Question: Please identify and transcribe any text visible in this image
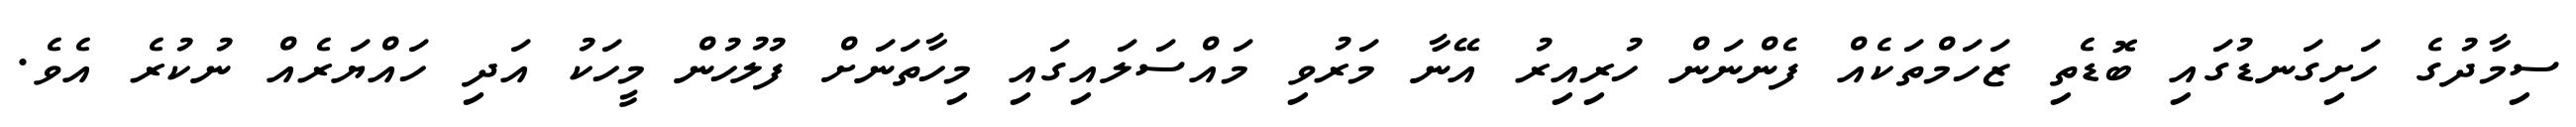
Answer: ސިމާދުގެ ހަށިގަނޑުގައި ބޮޑެތި ޒަހަމްތަކެއް ފެންނަން ހުރިއިރު އޭނާ މަރުވި މައްސަލައިގައި މިހާތަނަށް ފުލުހުން މީހަކު އަދި ހައްޔަރެއް ނުކުރެ އެވެ.